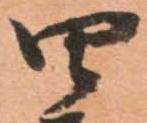
四